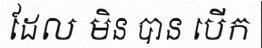
ដែល មិន បាន បើក